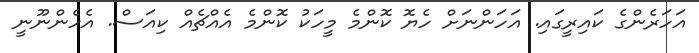
އަހަރެންގެ ކައިރީގައި. އަހަންނަށް ހެޔޮ ކޮންމެ މީހަކު ކޮންމެ އެއްޗެއް ކިއަސް. އެހެންނޫނީ